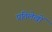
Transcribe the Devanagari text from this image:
प्रतिलेखों